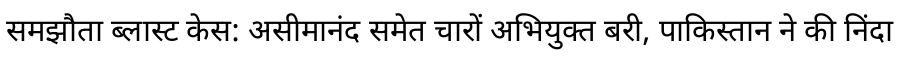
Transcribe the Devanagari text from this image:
समझौता ब्लास्ट केस: असीमानंद समेत चारों अभियुक्त बरी, पाकिस्तान ने की निंदा